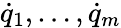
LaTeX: {\dot{q}}_{1},\dots,{\dot{q}}_{m}